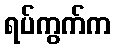
ရပ်ကွက်က